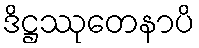
ဒိဋ္ဌဿုတေနာပိ